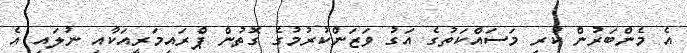
އެ މެންބަރުން ކުރި މަސައްކަތުގެ އަގު ވަޒަންކުރުމުގެ ގޮތުން ޕްރައިމަރީއަކާއި ނުލައި އެ